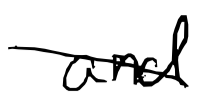
Text: and
Cross-out: diagonal
Writing tool: digital_black